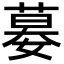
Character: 𡠜